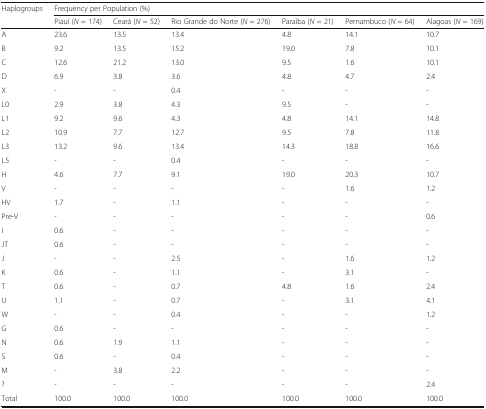
| <ROWSPAN=2> Haplogroups | <COLSPAN=6> Frequency per Population (%) |
 | Piauí (N = 174) | Ceará (N = 52) | Rio Grande do Norte (N = 276) | Paraíba (N = 21) | Pernambuco (N = 64) | Alagoas (N = 169) |
 | --- | --- | --- | --- | --- | --- | --- |
 | A | 23.6 | 13.5 | 13.4 | 4.8 | 14.1 | 10.7 |
 | B | 9.2 | 13.5 | 15.2 | 19.0 | 7.8 | 10.1 |
 | C | 12.6 | 21.2 | 13.0 | 9.5 | 1.6 | 10.1 |
 | D | 6.9 | 3.8 | 3.6 | 4.8 | 4.7 | 2.4 |
 | X | - | - | 0.4 | - | - | - |
 | L0 | 2.9 | 3.8 | 4.3 | 9.5 | - | - |
 | L1 | 9.2 | 9.6 | 4.3 | 4.8 | 14.1 | 14.8 |
 | L2 | 10.9 | 7.7 | 12.7 | 9.5 | 7.8 | 11.8 |
 | L3 | 13.2 | 9.6 | 13.4 | 14.3 | 18.8 | 16.6 |
 | L5 | - | - | 0.4 | - | - | - |
 | H | 4.6 | 7.7 | 9.1 | 19.0 | 20.3 | 10.7 |
 | V | - | - | - | - | 1.6 | 1.2 |
 | HV | 1.7 | - | 1.1 | - | - | - |
 | Pre-V | - | - | - | - | - | 0.6 |
 | I | 0.6 | - | - | - | - | - |
 | JT | 0.6 | - | - | - | - | - |
 | J | - | - | 2.5 | - | 1.6 | 1.2 |
 | K | 0.6 | - | 1.1 | - | 3.1 | - |
 | T | 0.6 | - | 0.7 | 4.8 | 1.6 | 2.4 |
 | U | 1.1 | - | 0.7 | - | 3.1 | 4.1 |
 | W | - | - | 0.4 | - | - | 1.2 |
 | G | 0.6 | - | - | - | - | - |
 | N | 0.6 | 1.9 | 1.1 | - | - | - |
 | S | 0.6 | - | 0.4 | - | - | - |
 | M | - | 3.8 | 2.2 | - | - | - |
 | ? | - | - | - | - | - | 2.4 |
 | Total | 100.0 | 100.0 | 100.0 | 100.0 | 100.0 | 100.0 |